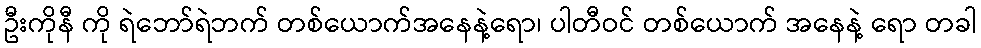
ဦးကိုနီ ကို ရဲဘော်ရဲဘက် တစ်ယောက်အနေနဲ့ရော၊ ပါတီဝင် တစ်ယောက် အနေနဲ့ ရော တခါ